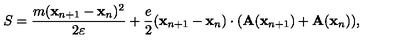
S = { \frac { m ( { \bf x } _ { n + 1 } - { \bf x } _ { n } ) ^ { 2 } } { 2 \varepsilon } } + { \frac { e } { 2 } } ( { \bf x } _ { n + 1 } - { \bf x } _ { n } ) \cdot ( { \bf A } ( { \bf x } _ { n + 1 } ) + { \bf A } ( { \bf x } _ { n } ) ) ,